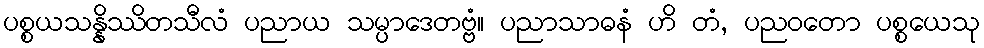
ပစ္စယသန္နိဿိတသီလံ ပညာယ သမ္ပာဒေတဗ္ဗံ။ ပညာသာဓနံ ဟိ တံ, ပညဝတော ပစ္စယေသု